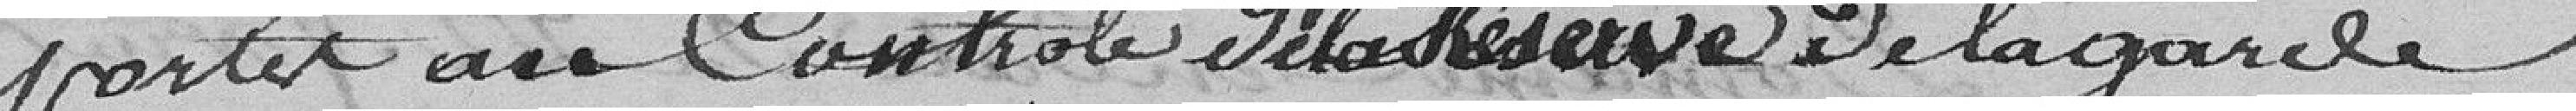
portés au contrôle de la Réserve de la garde